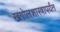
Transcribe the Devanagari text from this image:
खगोलशास्त्रापर्यंत